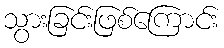
သွားခြင်းဖြစ်ကြောင်း